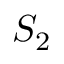
S _ { 2 }